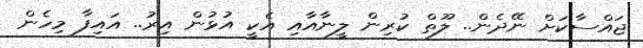
ޖައްސާކަށް ނޭދެން.. ލޫތް ކުރިން ލީނާއާއި އެކީ އުޅުން އިރު.. އައިފާ މިހެން